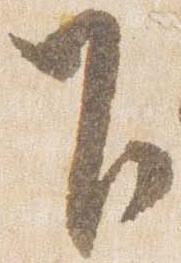
下